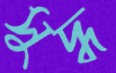
সুদ্ধ